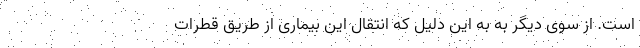
است. از سوی دیگر به به این دلیل که انتقال این بیماری از طریق قطرات